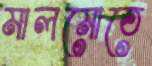
মালমোতে